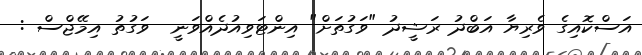
އަސްކޮއިގެ ވެރިޔާ އަބްދު ރަޝީދު "ވަގުތަށް" އިންޓަވިއުދެއްވަނީ  ވަގުތު އިމޭޖްސް :